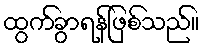
ထွက်ခွာရန်ဖြစ်သည်။